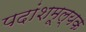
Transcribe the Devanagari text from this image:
पदांशमूल्यक